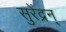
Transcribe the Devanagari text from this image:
सुरेंद्रन्